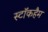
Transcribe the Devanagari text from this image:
स्टॉकहैम